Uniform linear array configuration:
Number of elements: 48
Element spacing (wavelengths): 0.25
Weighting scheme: binomial
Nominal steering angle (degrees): -45
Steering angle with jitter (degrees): -44.394
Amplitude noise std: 0.05
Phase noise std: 0.05

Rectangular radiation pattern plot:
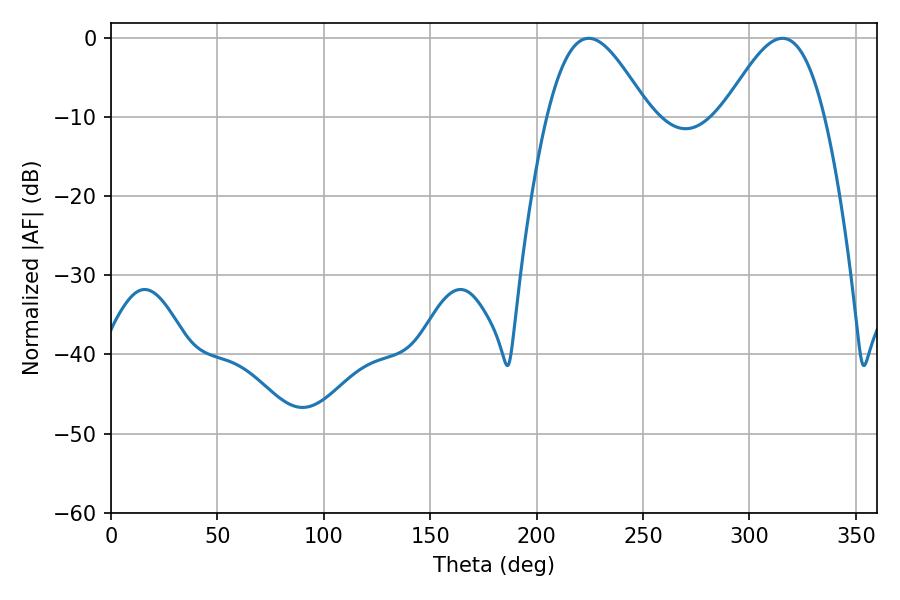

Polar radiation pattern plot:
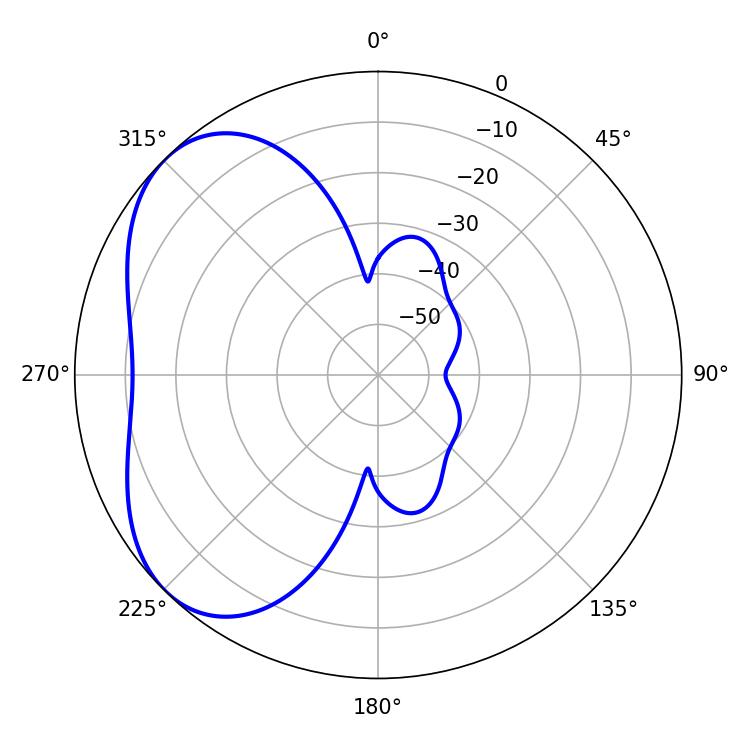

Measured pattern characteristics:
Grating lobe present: FALSE
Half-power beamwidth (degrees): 25.56
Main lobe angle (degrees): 224.46